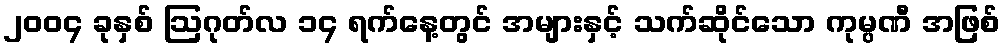
၂၀၀၄ ခုနှစ် ဩဂုတ်လ ၁၄ ရက်နေ့တွင် အများနှင့် သက်ဆိုင်သော ကုမ္ပဏီ အဖြစ်